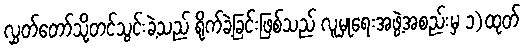
လွှတ်တော်သို့တင်သွင်းခဲ့သည် ရိုက်ခဲ့ခြင်းဖြစ်သည် လူမှုရေးအဖွဲ့အစည်းမှ ၁)ထုတ်